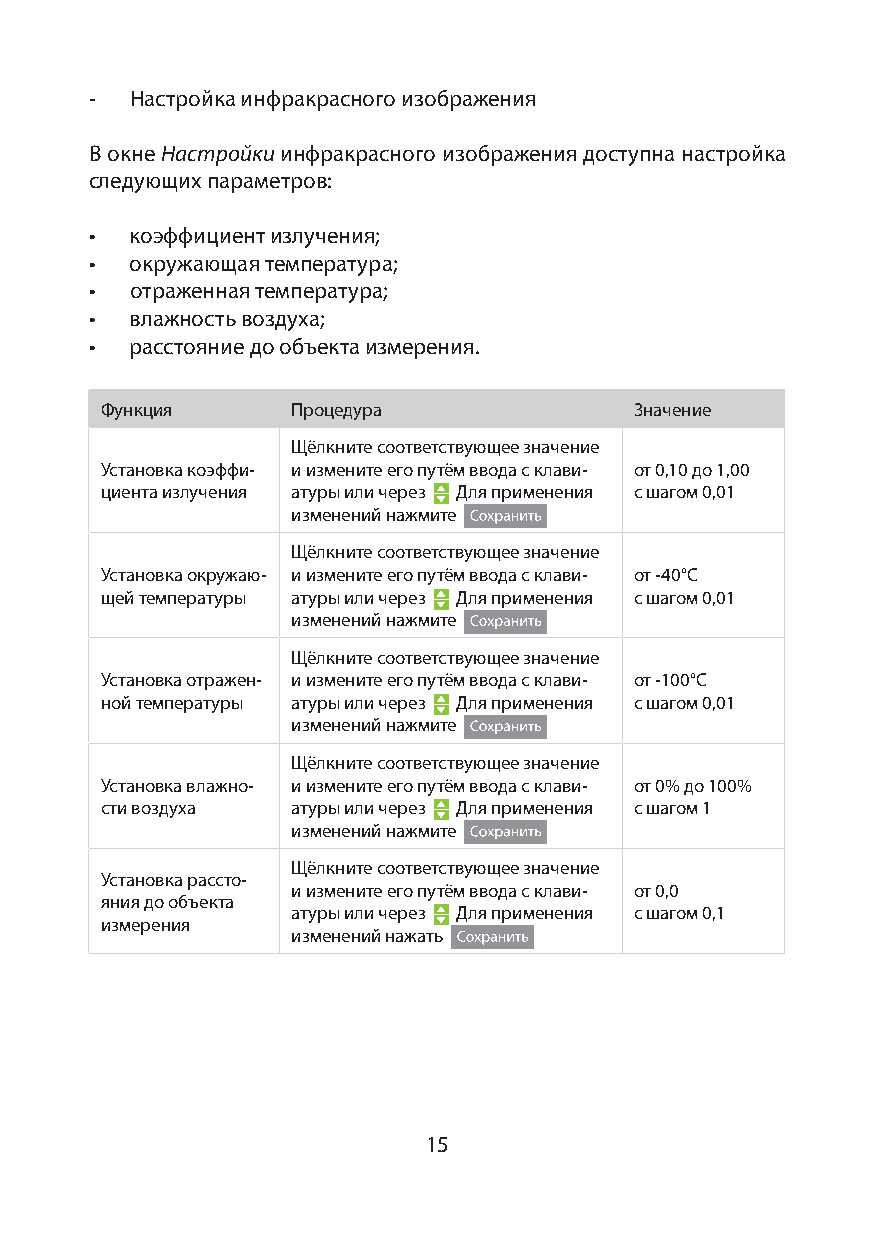
-  Настройка инфракрасного изображения
 В окне Настройки инфракрасного изображения доступна настройка
 следующих параметров:
 •  коэффициент излучения;
 •  окружающая температура;
 •  отраженная температура;
 •  влажность воздуха;
 •  расстояние до объекта измерения.
 Функция     Процедура              Значение
 Щёлкните соответствующее значение
 Установка коэффи- и измените его путём ввода с клави- от 0,10 до 1,00
 циента излучения атуры или через Для применения с шагом 0,01
 изменений нажмите
 Щёлкните соответствующее значение
 Установка окружаю- и измените его путём ввода с клави- от -40°С
 щей температуры атуры или через Для применения с шагом 0,01
 изменений нажмите
 Щёлкните соответствующее значение
 Установка отражен- и измените его путём ввода с клави- от -100°С
 ной температуры атуры или через Для применения с шагом 0,01
 изменений нажмите
 Щёлкните соответствующее значение
 Установка влажно- и измените его путём ввода с клави- от 0% до 100%
 сти воздуха атуры или через Для применения с шагом 1
 изменений нажмите
 Щёлкните соответствующее значение
 Установка рассто-
 и измените его путём ввода с клави- от 0,0
 яния до объекта
 атуры или через Для применения с шагом 0,1
 измерения
 изменений нажать
 15